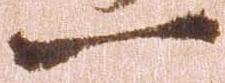
一